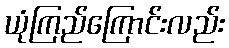
ယုံကြည်ကြောင်းလည်း